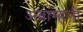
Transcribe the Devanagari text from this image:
अब्राम्हनी